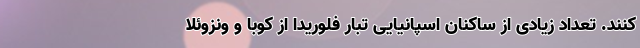
کنند. تعداد زیادی از ساکنان اسپانیایی تبار فلوریدا از کوبا و ونزوئلا